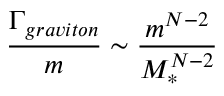
\frac { \Gamma _ { g r a v i t o n } } { m } \sim \frac { m ^ { N - 2 } } { M _ { * } ^ { N - 2 } }